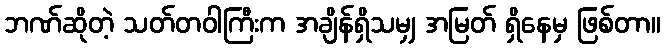
ဘဏ်ဆိုတဲ့ သတ်တဝါကြီးက အချိန်ရှိသမျှ အမြတ် ရှိနေမှ ဖြစ်တာ။